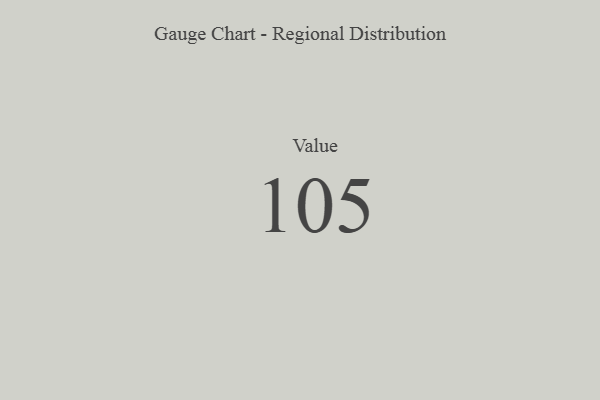
{"axis": {"x": "Metric", "y": "Value"}, "legend": [""], "data": [{"x": "Value", "y": 105, "type": ""}]}